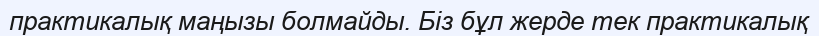
практикалық маңызы болмайды. Біз бұл жерде тек практикалық